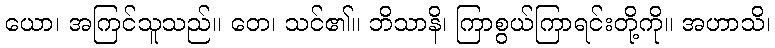
ယော၊ အကြင်သူသည်။ တေ၊ သင်၏။ ဘိသာနိ၊ ကြာစွယ်ကြာရင်းတို့ကို။ အဟာသိ၊